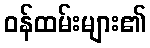
ဝန်ထမ်းများ၏